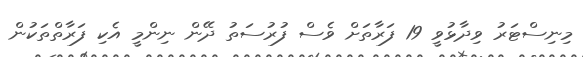
މިނިސްޓަރު ވިދާޅުވީ 19 ފަރާތަށް ވެސް ފުރުސަތު ދޭން ނިންމީ އެކި ފަރާތްތަކުން